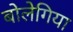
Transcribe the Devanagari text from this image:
बोलेगिया